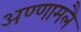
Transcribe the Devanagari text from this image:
अण्णामलै